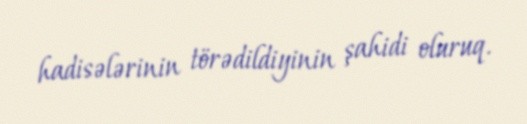
hadisələrinin törədildiyinin şahidi oluruq.